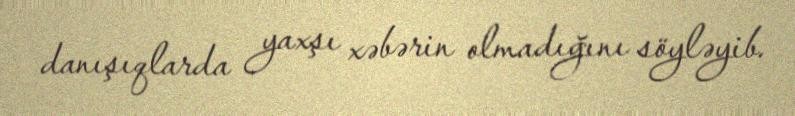
danışıqlarda yaxşı xəbərin olmadığını söyləyib.